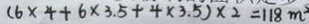
( 6 \times 4 + 6 \times 3 . 5 + 4 \times 3 . 5 ) \times 2 = 1 1 8 m ^ { 2 }